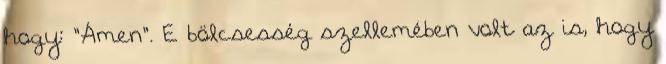
hogy: "Ámen". E bölcsesség szellemében volt az is, hogy